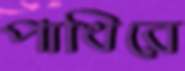
পাখিরে